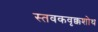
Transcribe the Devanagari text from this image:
स्तवकवृक्कशोथ